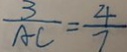
\frac { 3 } { A C } = \frac { 4 } { 7 }